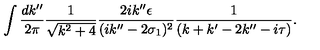
\int \frac { d k ^ { \prime \prime } } { 2 \pi } \frac { 1 } { \sqrt { k ^ { 2 } + 4 } } \frac { 2 i k ^ { \prime \prime } \epsilon } { ( i k ^ { \prime \prime } - 2 \sigma _ { 1 } ) ^ { 2 } } \frac { 1 } { ( k + k ^ { \prime } - 2 k ^ { \prime \prime } - i \tau ) } .